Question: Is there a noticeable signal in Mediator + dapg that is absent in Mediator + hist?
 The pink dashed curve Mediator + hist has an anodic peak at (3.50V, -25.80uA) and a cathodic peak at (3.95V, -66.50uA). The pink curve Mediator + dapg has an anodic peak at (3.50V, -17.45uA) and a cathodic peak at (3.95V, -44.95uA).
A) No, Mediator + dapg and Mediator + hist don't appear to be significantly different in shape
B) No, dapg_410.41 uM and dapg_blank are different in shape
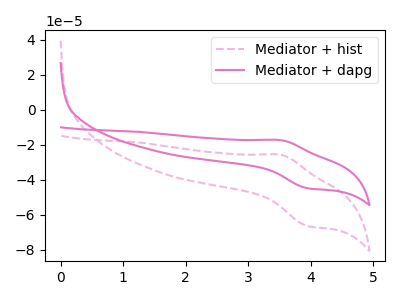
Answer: <think>All the peaks in "Mediator + dapg" have a peak in "Mediator + hist" at the same potential.
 </think>
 <answer>A) No, "Mediator + dapg" and "Mediator + hist" don't appear to be significantly different in shape</answer>
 <eval>A</eval>